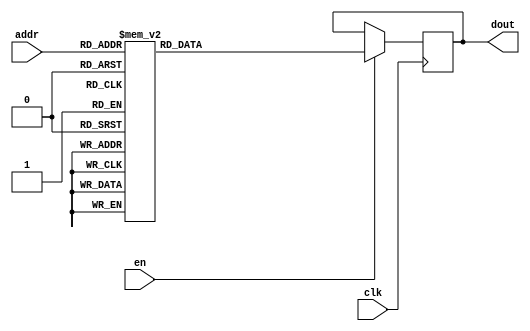
`timescale 1ns / 1ps
/*
Copyright
All right reserved.
Module Name: rom_syn
Author  : Zichuan Liu, Yixing Li and Wenye Liu.
Description:
A synthesized ROM: ROM_DEP x ROM_WID
*/
module DC_8_REF_ROM_0(
// inputs
clk,
en,
addr,
// outputs
dout
);
localparam ROM_WID = 14;
localparam ROM_DEP = 32;
localparam ROM_ADDR = 5;
// input definition
input clk;
input en;
input [ROM_ADDR-1:0] addr;
// output definition
output [ROM_WID-1:0] dout;
reg [ROM_WID-1:0] data;
always @(posedge clk)
begin
if (en) begin
case(addr)
		5'd0: data <= 14'b01000100101011;
		5'd1: data <= 14'b01000101111000;
		5'd2: data <= 14'b01000011001100;
		5'd3: data <= 14'b01000010000011;
		5'd4: data <= 14'b01001110011000;
		5'd5: data <= 14'b01001011100000;
		5'd6: data <= 14'b01001000111101;
		5'd7: data <= 14'b01000111101010;
		5'd8: data <= 14'b01000101011001;
		5'd9: data <= 14'b01001110110010;
		5'd10: data <= 14'b01000111001010;
		5'd11: data <= 14'b01000110110011;
		5'd12: data <= 14'b01001001111101;
		5'd13: data <= 14'b01000101111110;
		5'd14: data <= 14'b01001001101010;
		5'd15: data <= 14'b01010001000111;
		5'd16: data <= 14'b01001001000110;
		5'd17: data <= 14'b01001101001011;
		5'd18: data <= 14'b01000111000000;
		5'd19: data <= 14'b01000100011010;
		5'd20: data <= 14'b01001001000110;
		5'd21: data <= 14'b01000111000111;
		5'd22: data <= 14'b01001001011010;
		5'd23: data <= 14'b01001100000011;
		5'd24: data <= 14'b01001001010111;
		5'd25: data <= 14'b01001000110011;
		5'd26: data <= 14'b01001011111000;
		5'd27: data <= 14'b01000110010010;
		5'd28: data <= 14'b01001001010010;
		5'd29: data <= 14'b01001011010010;
		5'd30: data <= 14'b01001001110101;
		5'd31: data <= 14'b01001011010001;
		endcase
		end
	end
	assign dout = data;
endmodule